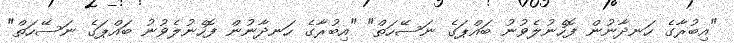
"އިބުރާގެ ހަނދާނުން ފޮހެނުލެވުނު ބައްޕަގެ ނަސޭހަތް" "އިބުރާގެ ހަނދާނުން ފޮހެނުލެވުނު ބައްޕަގެ ނަސޭހަތް"